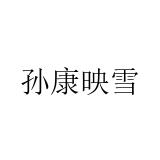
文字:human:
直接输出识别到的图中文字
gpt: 孙康映雪